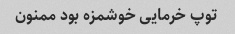
توپ خرمایی خوشمزه بود ممنون